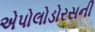
એપોલોડોરસની